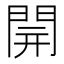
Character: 𨴂